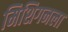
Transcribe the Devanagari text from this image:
मिशिगनला